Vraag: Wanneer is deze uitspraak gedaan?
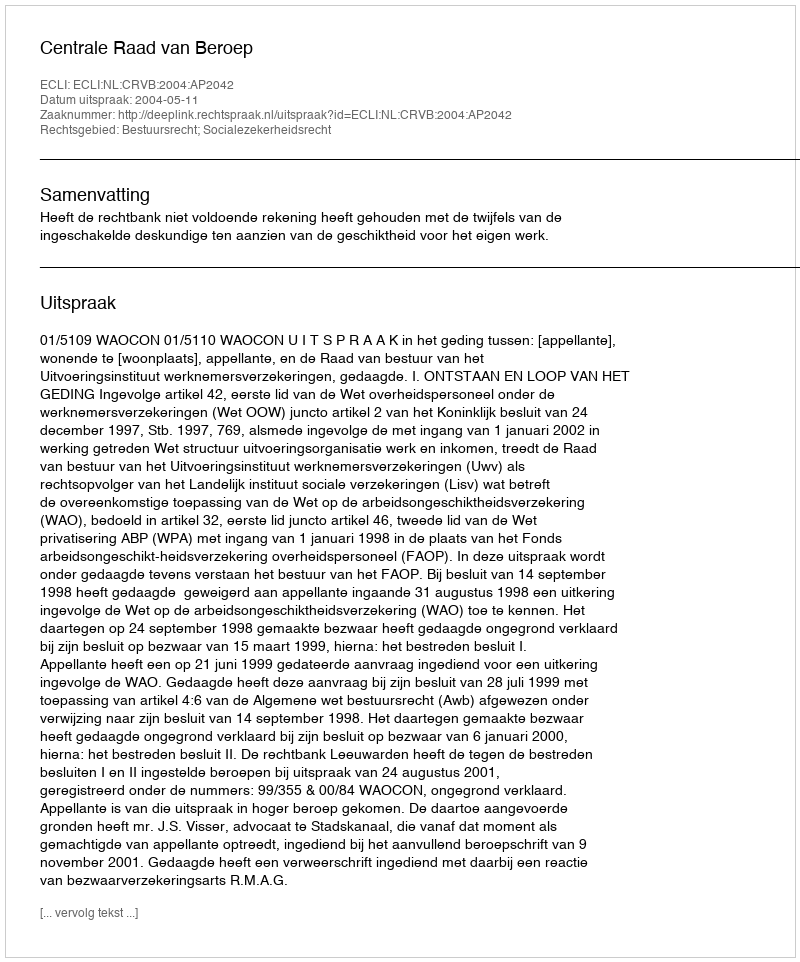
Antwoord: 2004-05-11